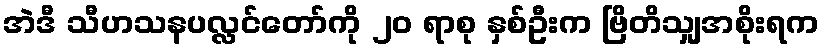
အဲဒီ သီဟသနပလ္လင်တော်ကို ၂၀ ရာစု နှစ်ဦးက ဗြိတိသျှအစိုးရက